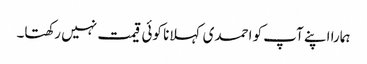
ہمارا اپنے آپ کو احمدی کہلانا کوئی قیمت نہیں رکھتا۔